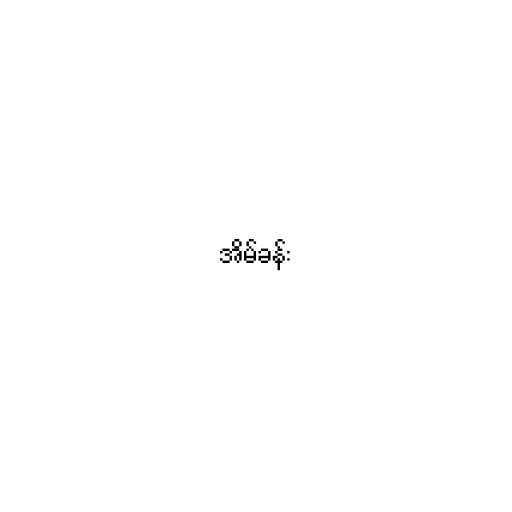
အိမ်ခန်း